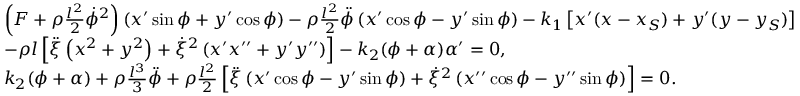
\begin{array} { r l } & { \left( F + \rho \frac { l ^ { 2 } } { 2 } \dot { \phi } ^ { 2 } \right) \left( x ^ { \prime } \sin \phi + y ^ { \prime } \cos \phi \right) - \rho \frac { l ^ { 2 } } { 2 } \ddot { \phi } \left( x ^ { \prime } \cos \phi - y ^ { \prime } \sin \phi \right) - k _ { 1 } \left[ x ^ { \prime } ( x - x _ { S } ) + y ^ { \prime } ( y - y _ { S } ) \right] } \\ & { - \rho l \left[ \ddot { \xi } \left( x ^ { 2 } + y ^ { 2 } \right) + \dot { \xi } ^ { 2 } \left( x ^ { \prime } x ^ { \prime \prime } + y ^ { \prime } y ^ { \prime \prime } \right) \right] - k _ { 2 } ( \phi + \alpha ) \alpha ^ { \prime } = 0 , } \\ & { k _ { 2 } ( \phi + \alpha ) + \rho \frac { l ^ { 3 } } { 3 } \ddot { \phi } + \rho \frac { l ^ { 2 } } { 2 } \left[ \ddot { \xi } \left( x ^ { \prime } \cos \phi - y ^ { \prime } \sin \phi \right) + \dot { \xi } ^ { 2 } \left( x ^ { \prime \prime } \cos \phi - y ^ { \prime \prime } \sin \phi \right) \right] = 0 . } \end{array}